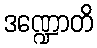
ဒဏ္ဍောတိ